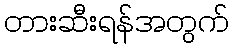
တားဆီးရန်အတွက်